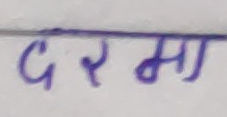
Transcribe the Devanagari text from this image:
दरमा